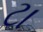
ટા